Aleksander_Warma, lk 37
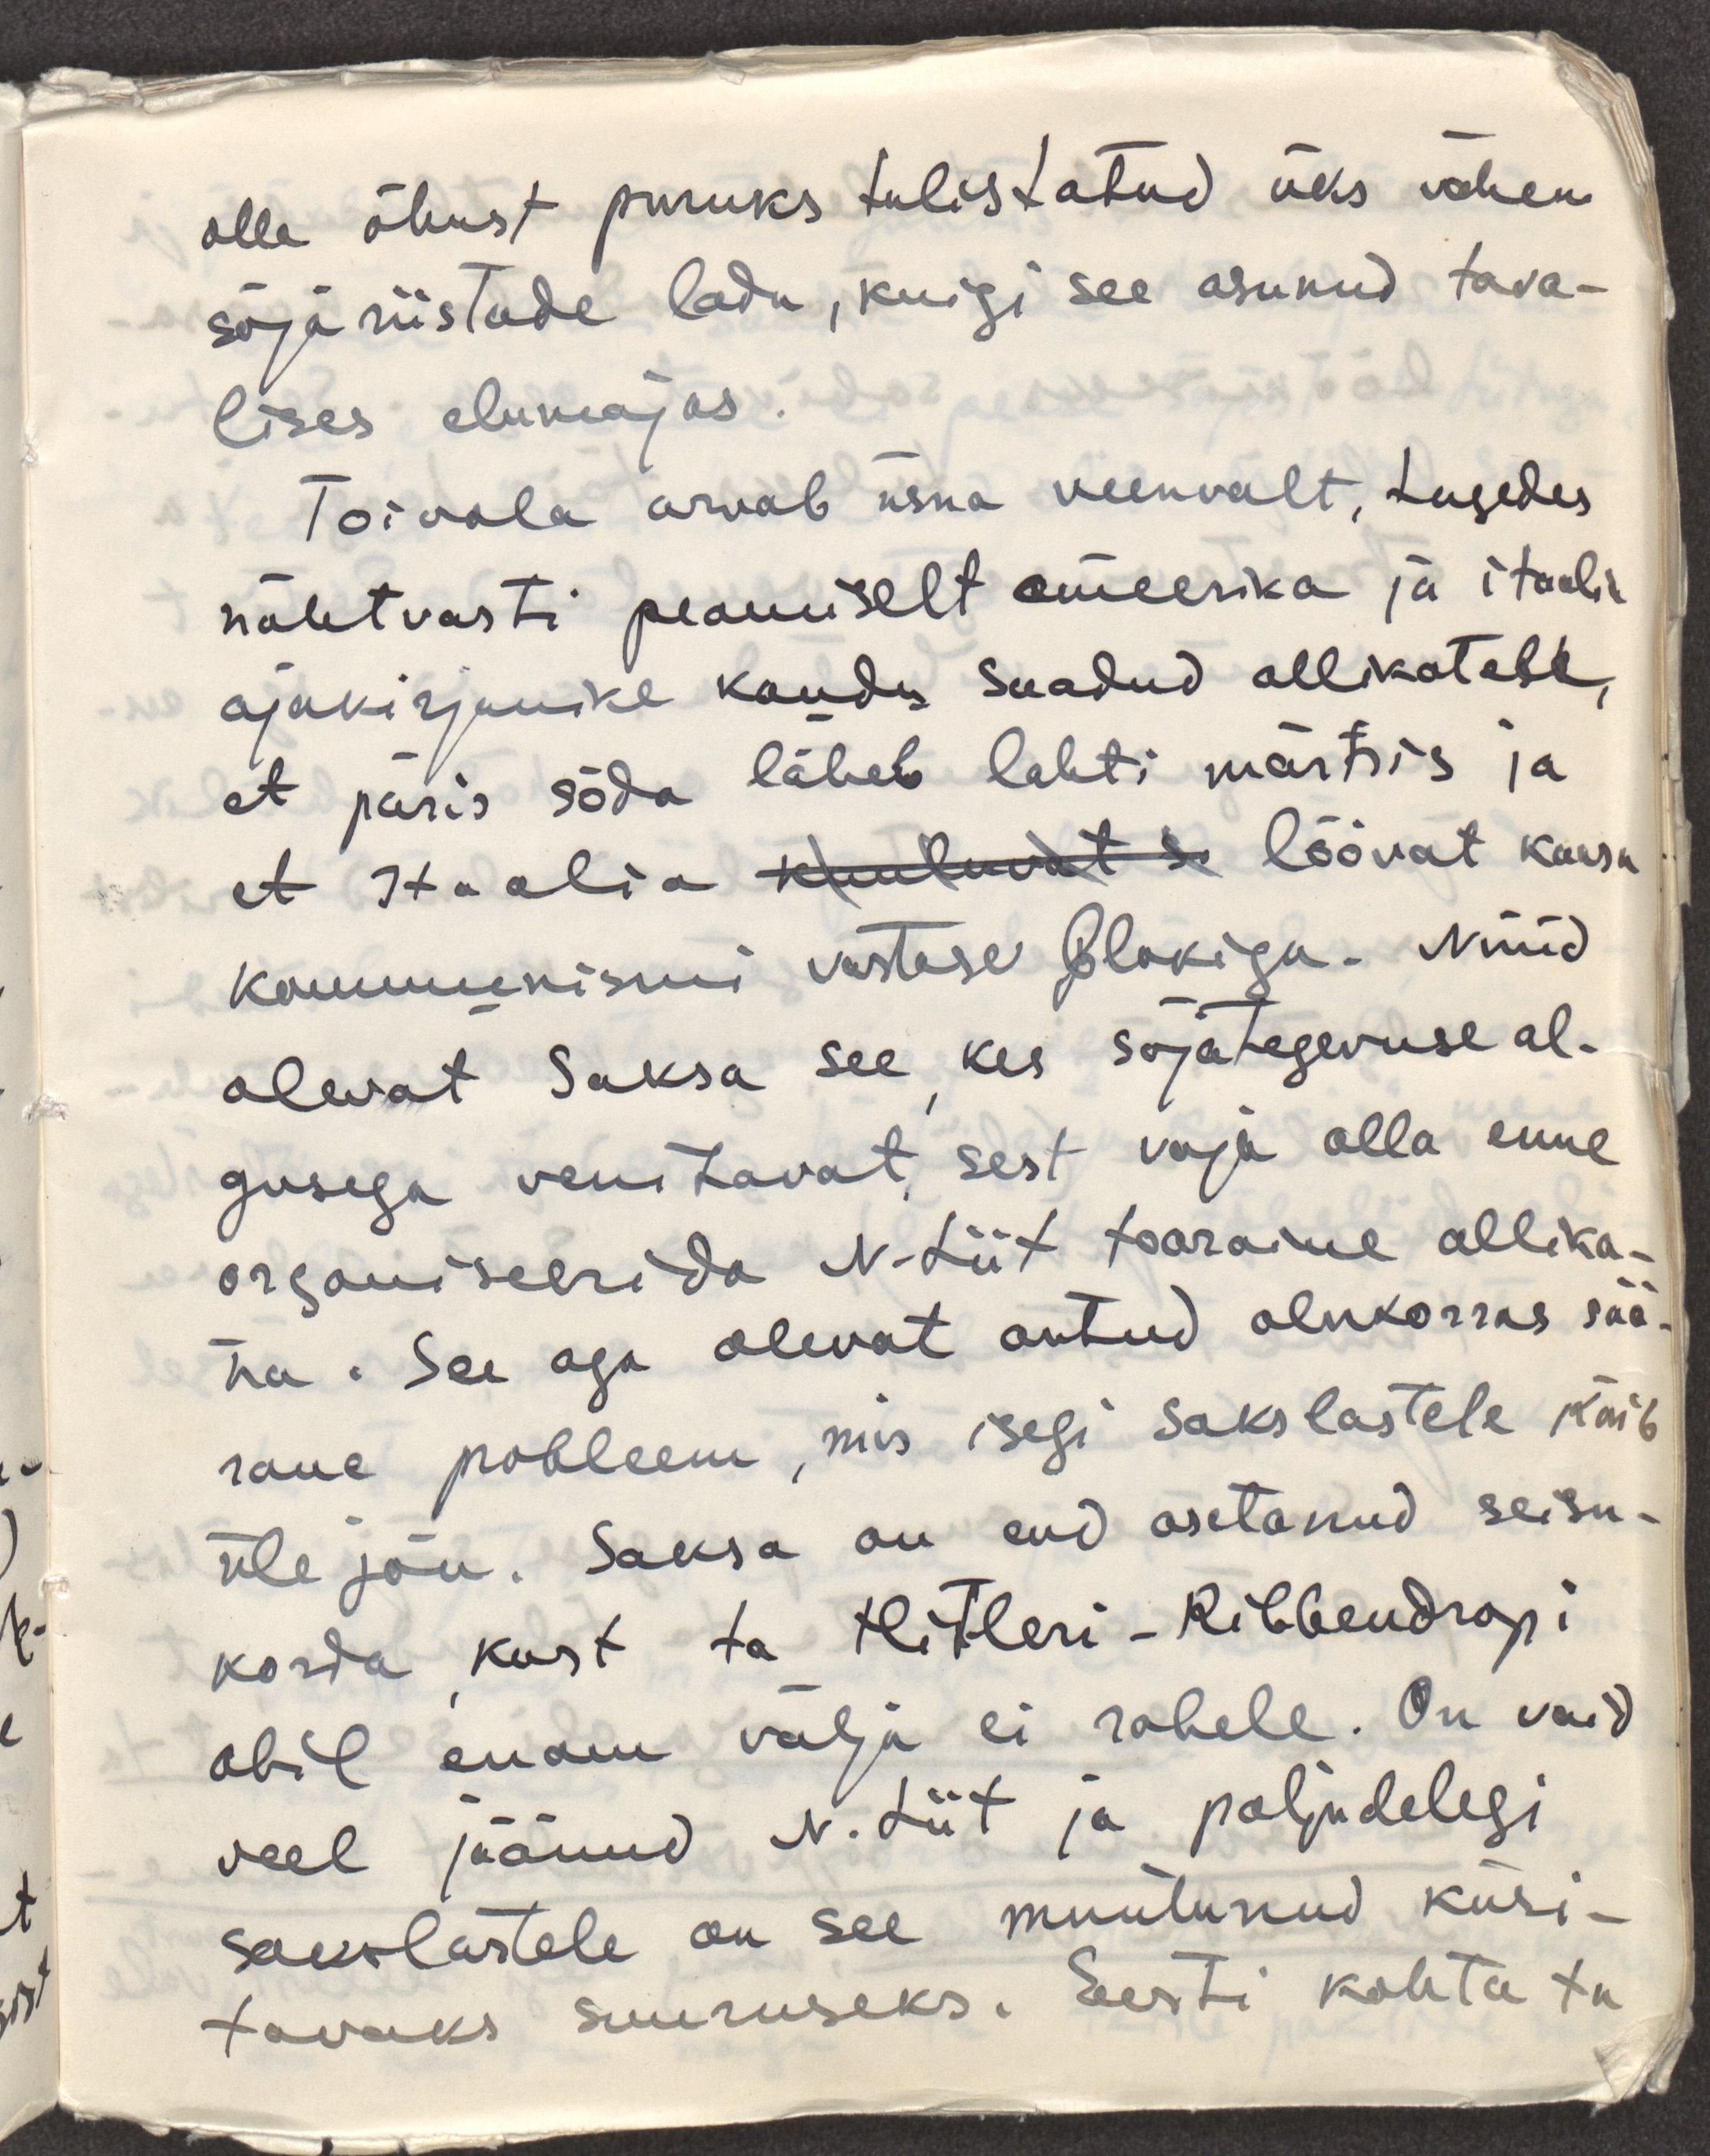
olla õhust puruks tulistatud üks vähene
sõjariistade ladu, kuigi see asunud tava-
lises elumajas.
Toivala arvab üsna veenvalt, tugedes 
nähtavasti peamiselt ameerika ja itaalia
ajakirjanike kaudu saadud allikatele,
et päris sõda läheb lahti märtsis ja 
et Itaalia kuuluvat s löövat kaasa
kommunismi vastase blokiga. Nüüd
olevat Saksa see, kes sõjategevuse al-
gusega venitavat, sest vaja olla enne
organiseerida N.Liit tooraine allika-
na. See aga olevat antud olukorras sää-
rane probleem, mis isegi sakslastele käib
üle jõu. Saksa on end asetanud seisu-
korda, kust ta Hitleri-Ribbendropi
abil enam välja ei rabele. On vaid
veel jäänud N.Liit ja paljudelegi
sakslastele on see muutunud küsi-
tavaks suuruseks. Eesti kohta ta